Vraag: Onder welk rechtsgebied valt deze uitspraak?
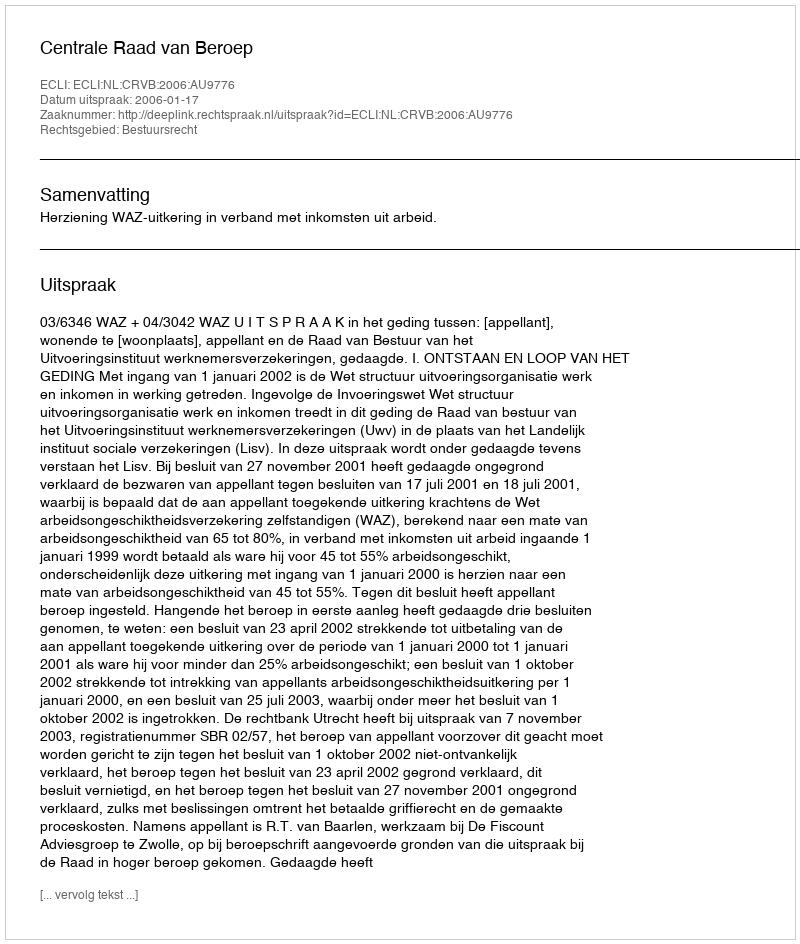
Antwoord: Bestuursrecht